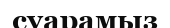
суарамыз